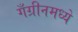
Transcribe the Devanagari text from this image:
गँग्रीनमध्ये